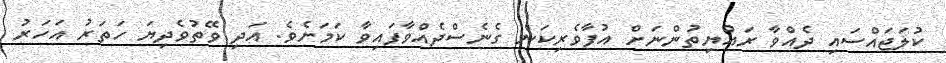
ކުލަޖައްސައި ދެއްވާ ރައްޔިތުންނަށް އުފާވެރިކަން ގެނެސްދެއްވާފައިވާ ކަމަށެވެ. އަދި ވޭތުވެދިޔަ ހަތަރު އަހަރު